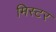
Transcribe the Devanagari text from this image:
मिस्‍टर